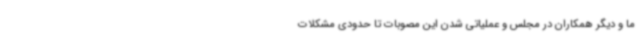
ما و دیگر همکاران در مجلس و عملیاتی شدن این مصوبات تا حدودی مشکلات